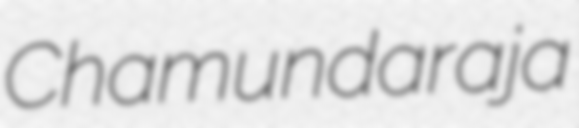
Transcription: Chamundaraja